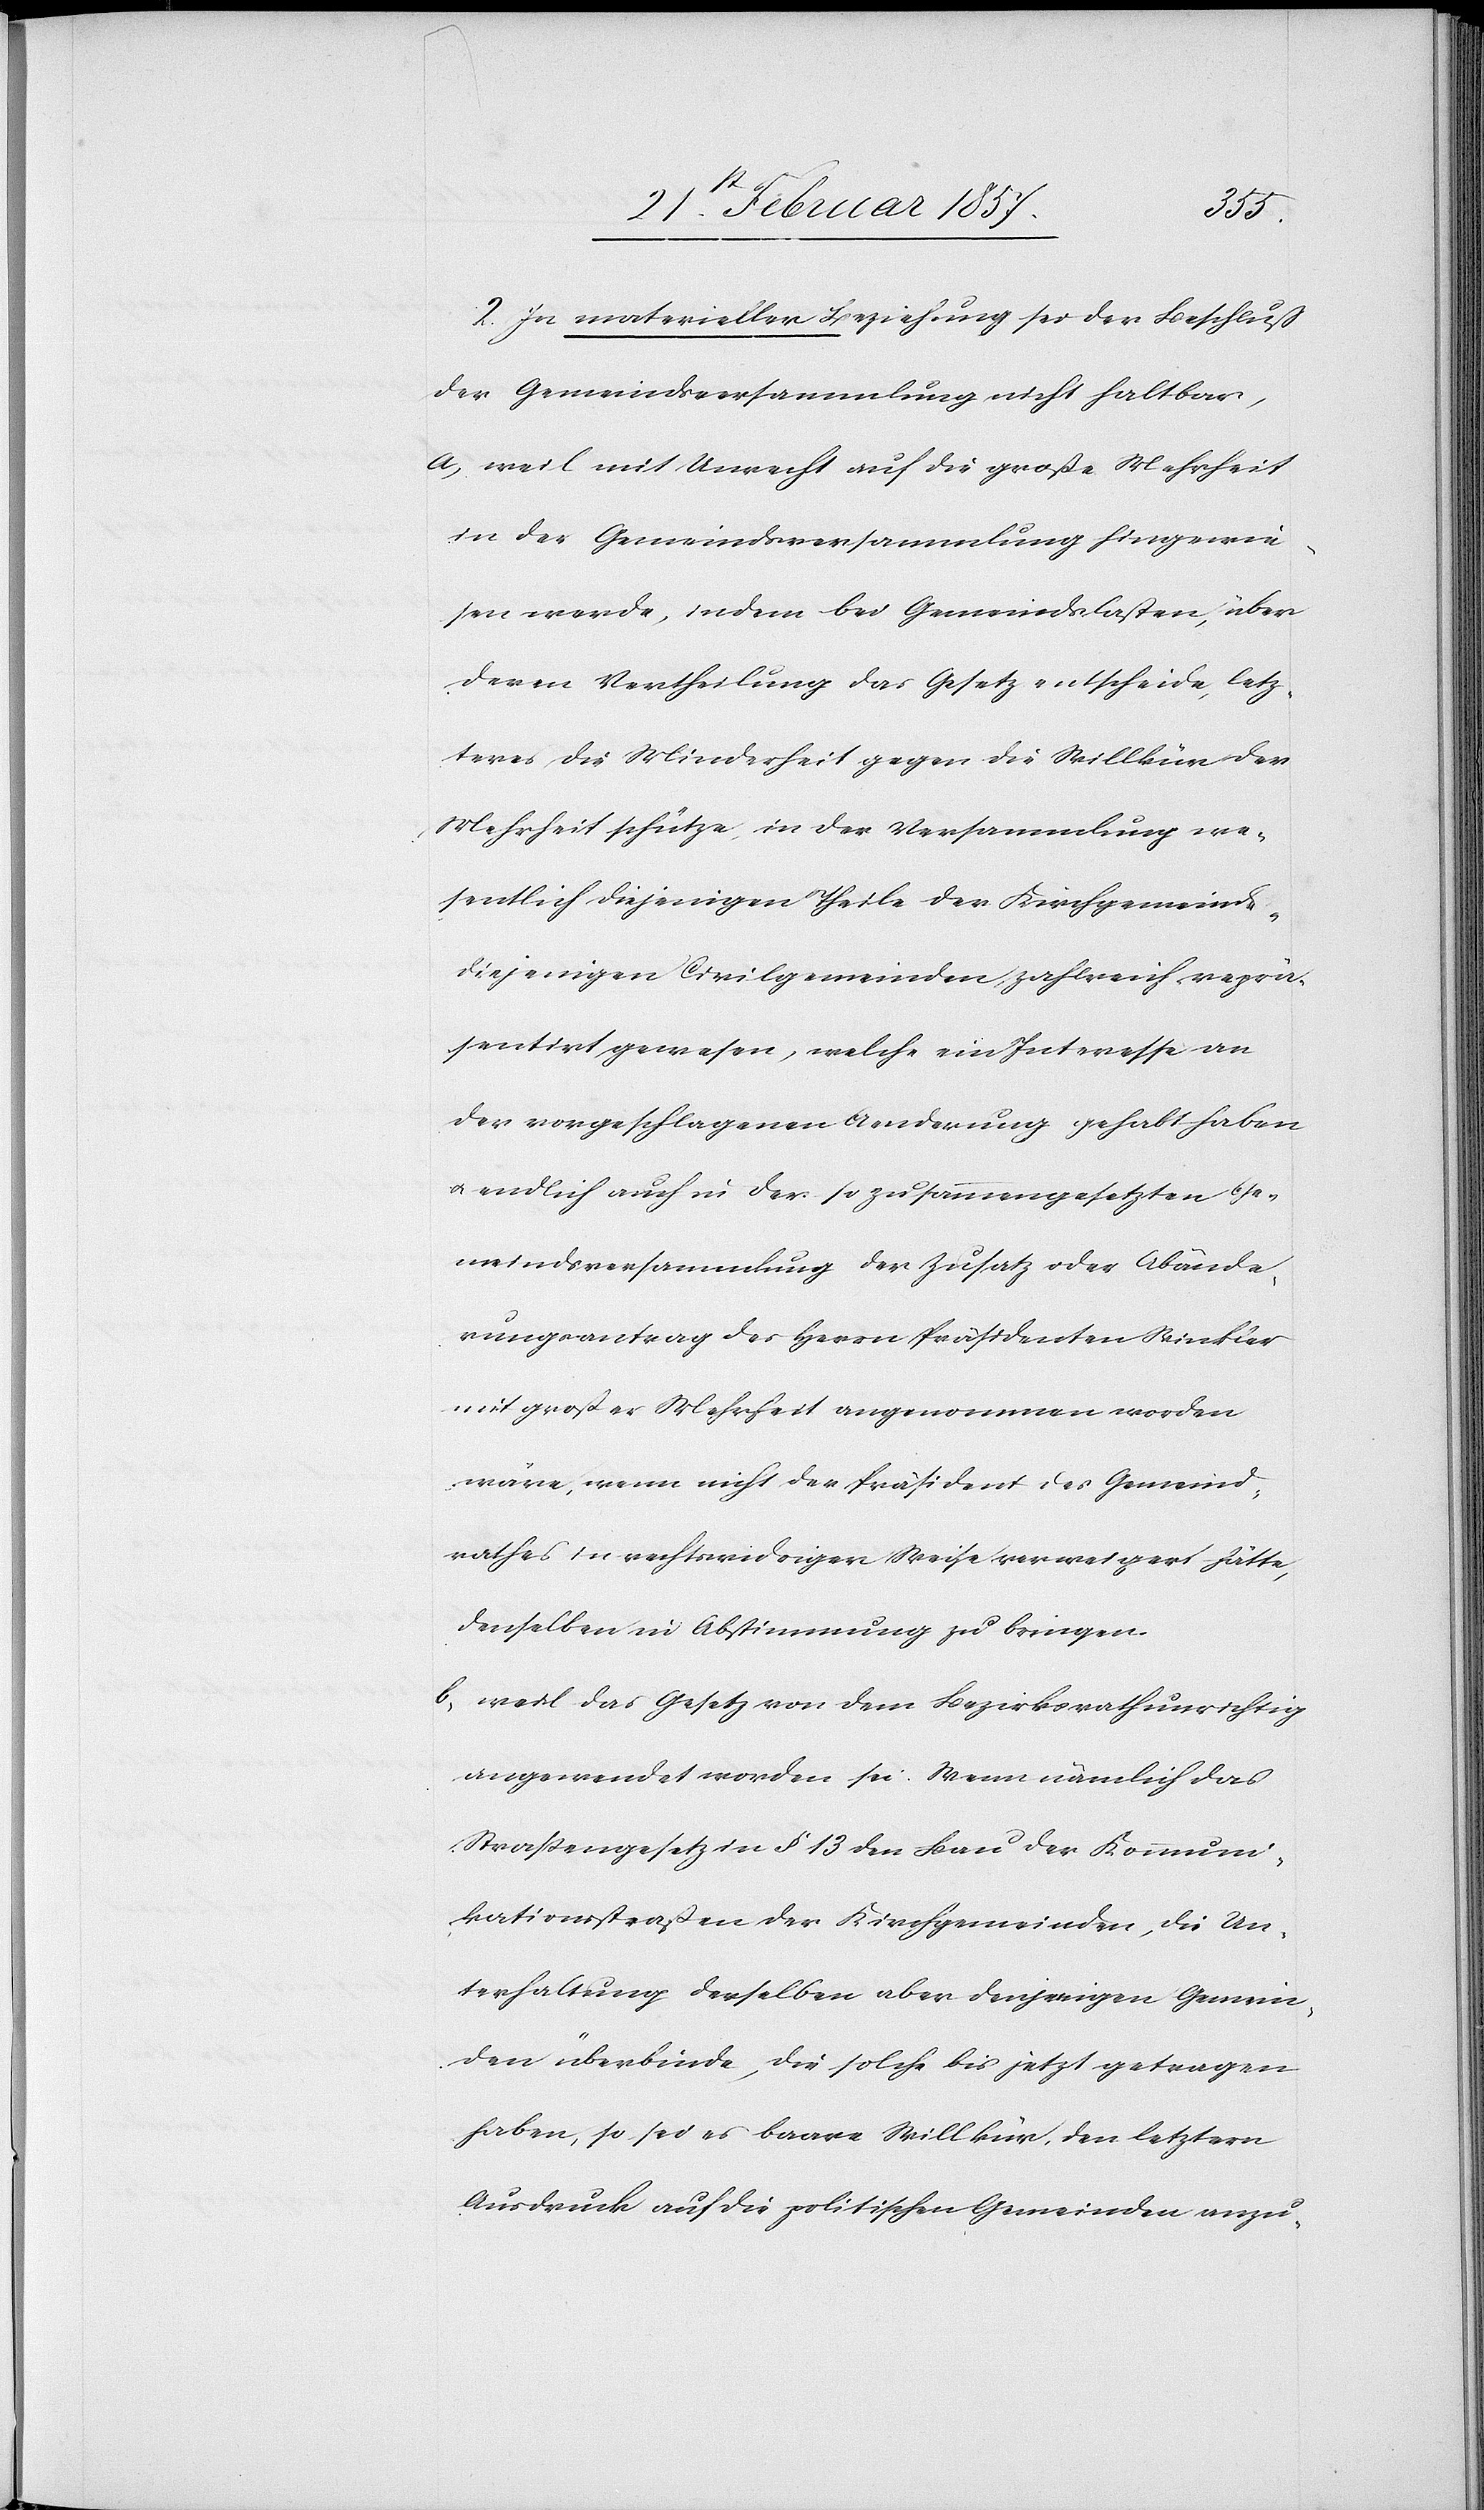
2. In materieller Beziehung sei der Beschluß
der Gemeindsversammlung nicht haltbar,
a) weil mit Unrecht auf die große Mehrheit
in der Gemeindsversammlung hingewie¬
sen werde, indem bei Gemeindslasten, über
deren Vertheilung das Gesetz entscheide, letz¬
teres die Minderheit gegen die Willkür der
Mehrheit schütze, in der Versammlung we¬
sentlich diejenigen Theile der Kirchgemeinde
diejenigen Civilgemeinden zahlreich reprä¬
sentirt gewesen, welche ein Interesse an
der vorgeschlagenen Aenderung gehabt haben
u. endlich auch in der so zusammengesetzten Ge¬
meindsversammlung der Zusatz oder Abände¬
rungsantrag des Herrn Präsidenten Winkler
mit großer Mehrheit angenommen worden
wäre, wenn nicht der Präsident des Gemeind¬
rathes in rechtswidriger Weise verweigert hätte,
denselben in Abstimmung zu bringen.
b. weil das Gesetz von dem Bezirksrath unrichtig
angewendet worden sei. Wenn nämlich das
Straßengesetz in § 13 den Bau der Kommuni¬
kationsstraßen den Kirchgemeinden, die Un¬
terhaltung derselben aber denjenigen Gemein¬
den überbinde, die solche bis jetzt getragen
haben, so sei es baare Willkür, den letztern
Ausdruck auf die politischen Gemeinden anzu-